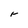
Character: r